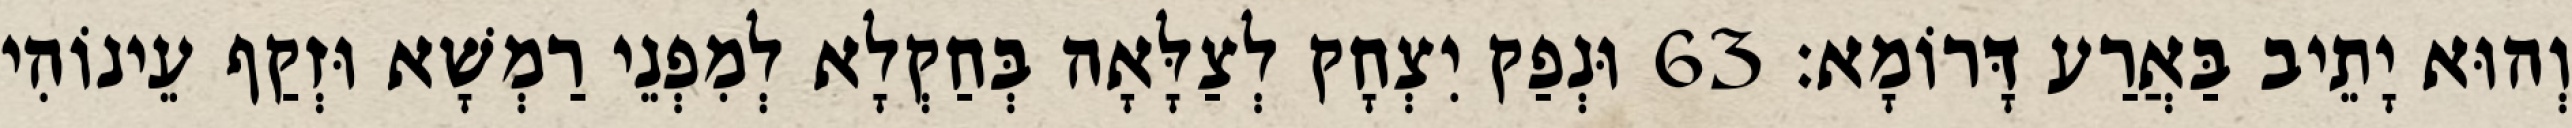
וְהוּא יָתֵיב בַּאֲרַע דָּרוֹמָא׃ 63 וּנְפַק יִצְחָק לְצַלָּאָה בְּחַקְלָא לְמִפְנֵי רַמְשָׁא וּזְקַף עֵינוֹהִי